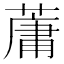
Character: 𫉘